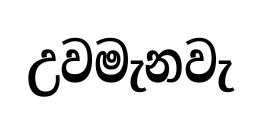
උවමැනවැ